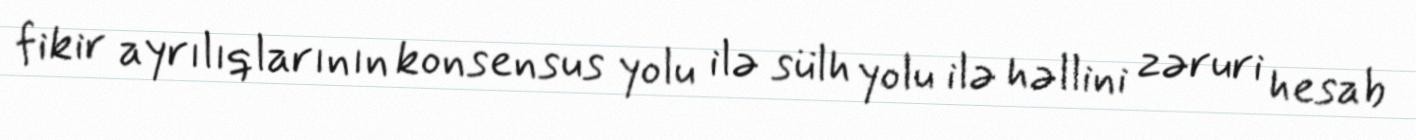
fikir ayrılıqlarının konsensus yolu ilə sülh yolu ilə həllini zəruri hesab